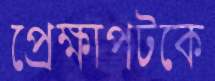
প্রেক্ষাপটকে